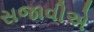
સજાવીએ